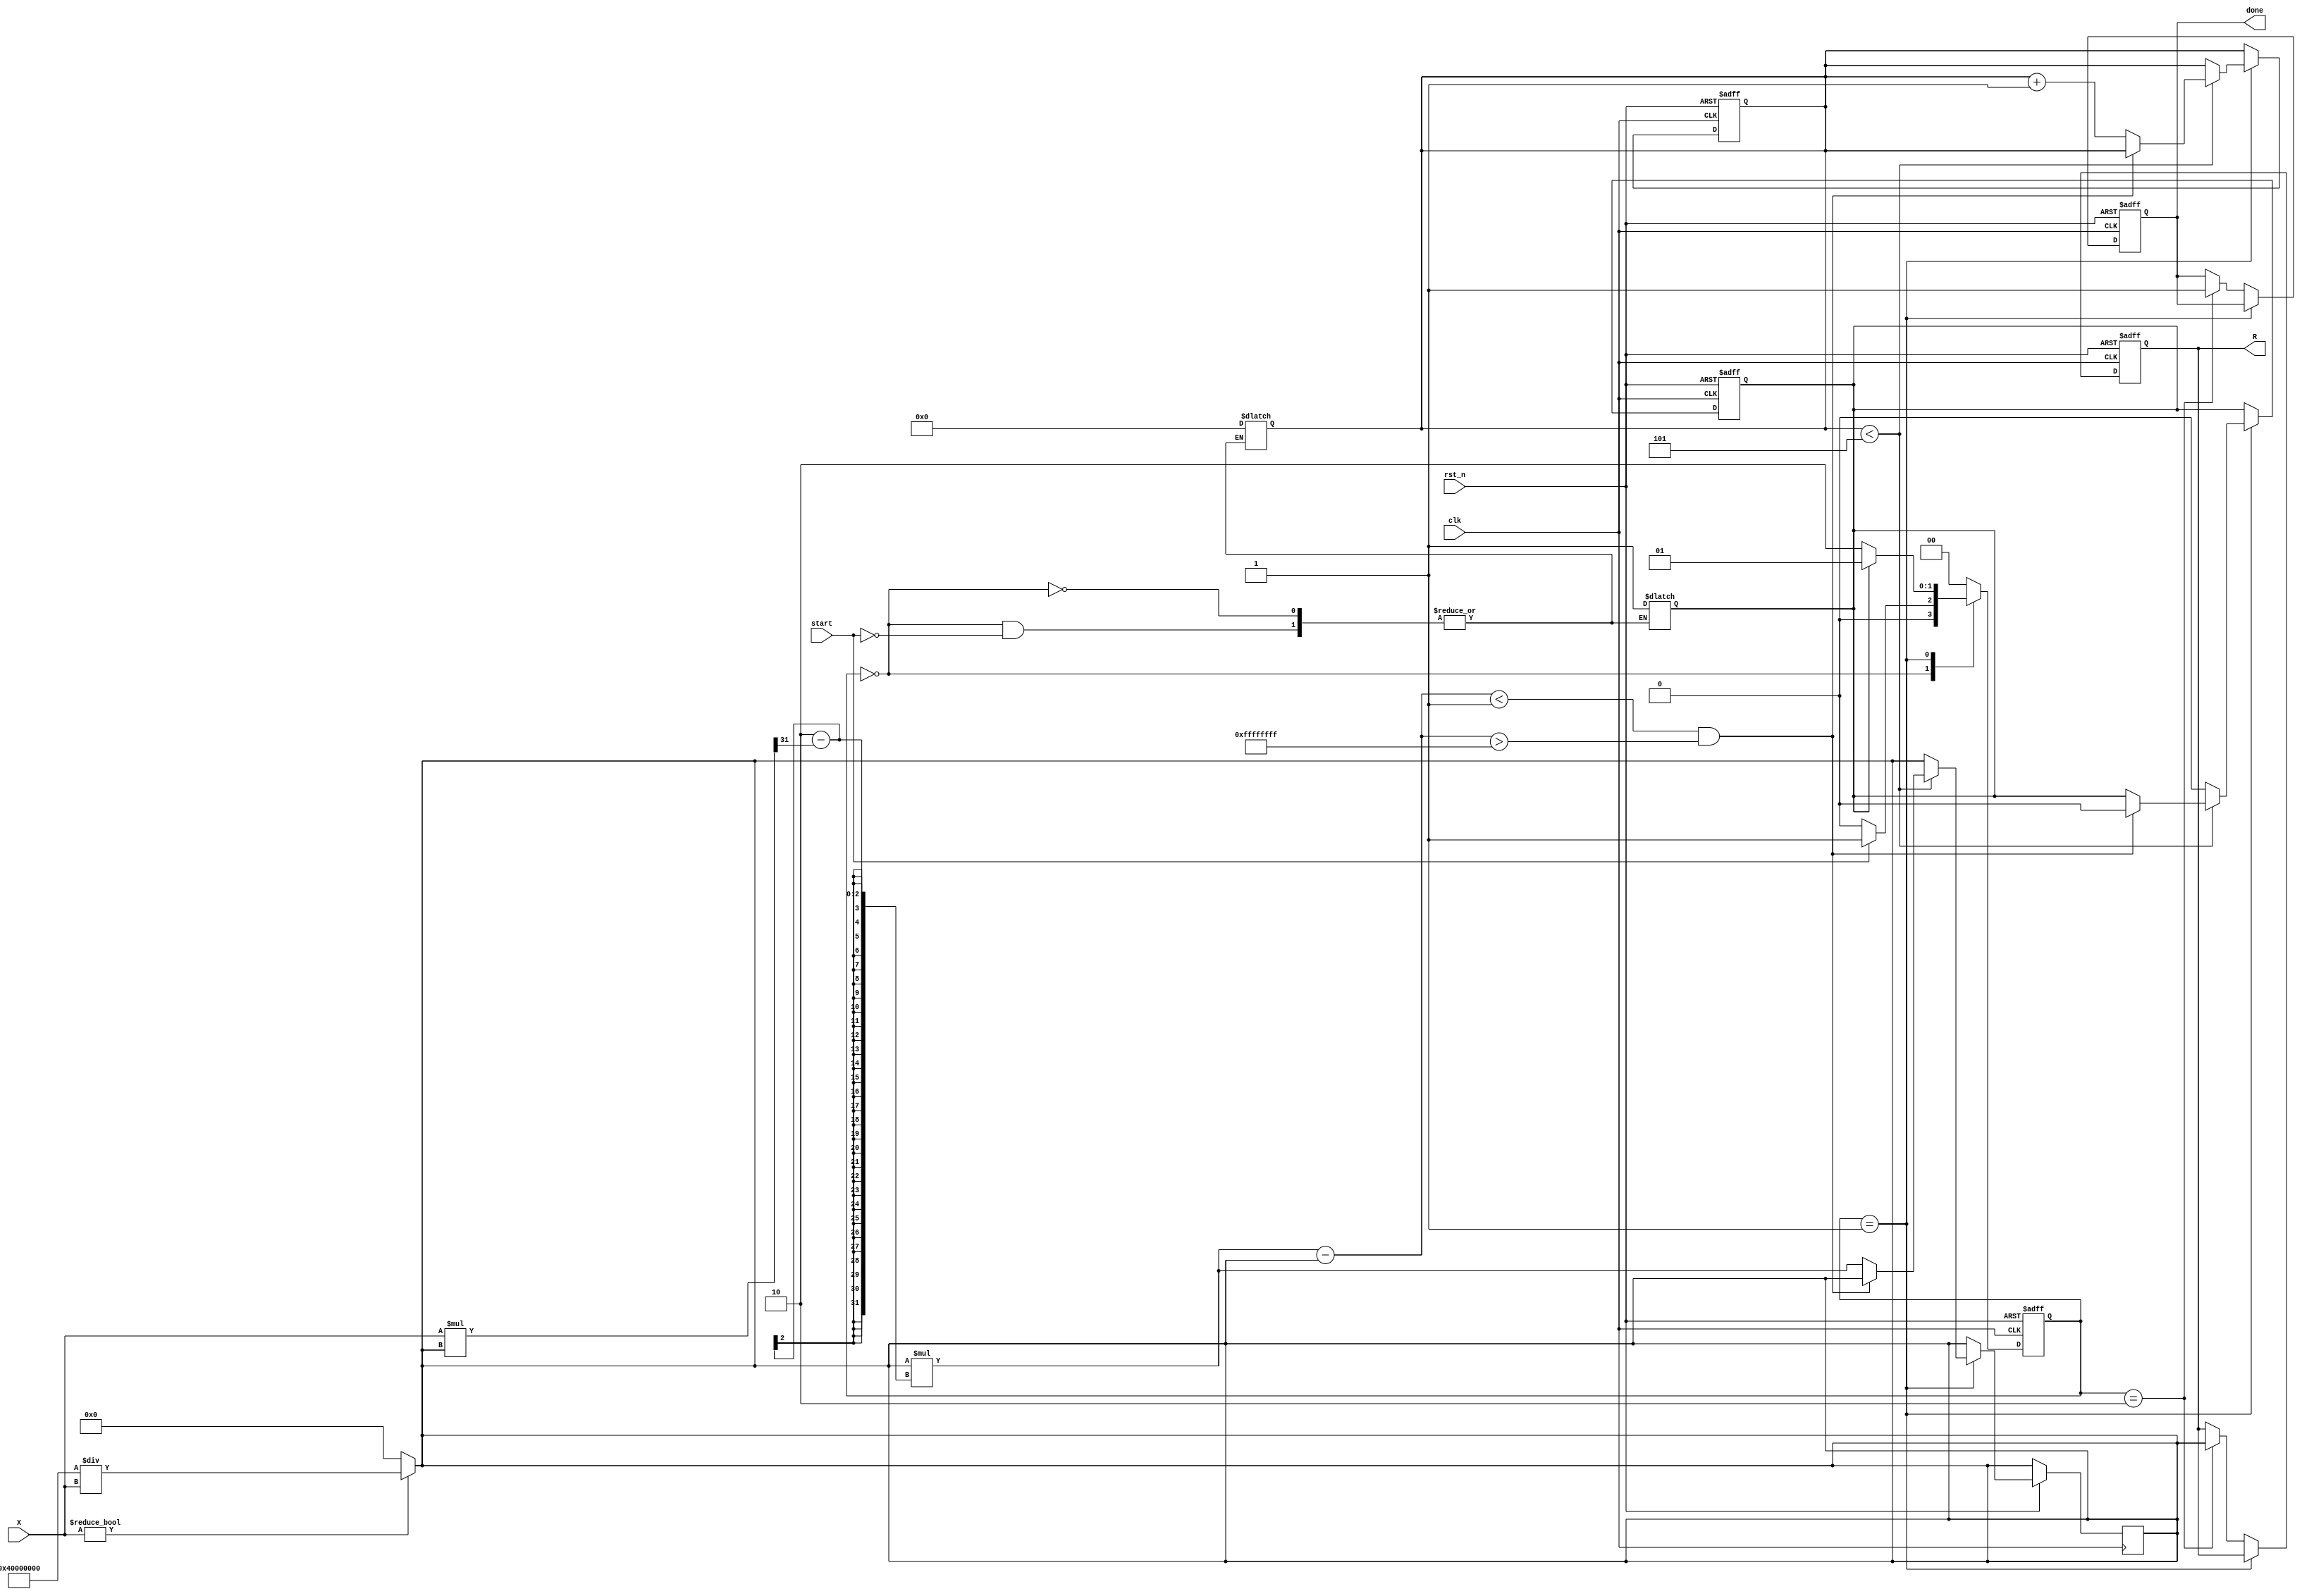
module newton_raphson_reciprocal #(
    parameter DATA_WIDTH = 32, // Width of input and output data
    parameter MAX_ITERATIONS = 5, // Maximum number of iterations
    parameter THRESHOLD = 32'h00000001 // Convergence threshold
)(
    input wire clk,
    input wire rst_n,
    input wire start,
    input wire [DATA_WIDTH-1:0] X, // Input value
    output reg [DATA_WIDTH-1:0] R, // Reciprocal output
    output reg done // Indicates completion
);

    // Internal signals
    reg [DATA_WIDTH-1:0] G; // Current guess
    reg [DATA_WIDTH-1:0] G_next; // Next guess
    reg [3:0] iteration_count; // Iteration counter
    reg computing; // State flag for computing

    // State machine states
    localparam IDLE = 2'b00,
               COMPUTE = 2'b01,
               OUTPUT = 2'b10;

    reg [1:0] state, next_state;

    // Initial guess calculation: G = 2 / X
    always @(*) begin
        if (X != 0) begin
            G = {1'b0, 1'b1, {DATA_WIDTH-2{1'b0}}} / X; // Initial guess
        end else begin
            G = 0; // Handle division by zero
        end
    end

    // State machine for controlling the computation
    always @(posedge clk or negedge rst_n) begin
        if (!rst_n) begin
            state <= IDLE;
            iteration_count <= 0;
            done <= 0;
            R <= 0;
            computing <= 0;
        end else begin
            state <= next_state;
            if (state == COMPUTE) begin
                if (iteration_count < MAX_ITERATIONS) begin
                    // Update guess using Newton-Raphson formula
                    G_next = G * (2 - (X * G >> (DATA_WIDTH - 1))); // Right shift for fixed-point
                    // Check for convergence
                    if (G_next - G < THRESHOLD && G_next - G > -THRESHOLD) begin
                        computing <= 0; // Converged
                    end else begin
                        G <= G_next; // Update guess
                        iteration_count <= iteration_count + 1; // Increment counter
                    end
                end else begin
                    computing <= 0; // Max iterations reached
                end
            end else if (state == OUTPUT) begin
                R <= G; // Output the final guess
                done <= 1; // Set done signal
            end
        end
    end

    // Next state logic
    always @(*) begin
        case (state)
            IDLE: begin
                if (start) begin
                    computing <= 1;
                    iteration_count <= 0;
                    next_state = COMPUTE;
                end else begin
                    next_state = IDLE;
                end
            end
            COMPUTE: begin
                if (computing) begin
                    next_state = COMPUTE;
                end else begin
                    next_state = OUTPUT;
                end
            end
            OUTPUT: begin
                next_state = IDLE; // Go back to IDLE after output
            end
            default: next_state = IDLE;
        endcase
    end

endmodule